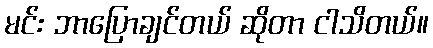
မင်း ဘာပြောချင်တယ် ဆိုတာ ငါသိတယ်။